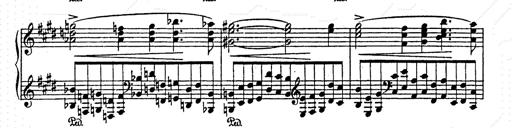
Title: AnnÃ©es de pÃ¨lerinage II
Composer: Franz Liszt